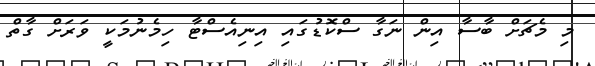
މި މެޗަށް ބާސާ އިން ނަގާ ސްކޮޑުގައި އިނިއެސްޓާ ހިމެނުމަކީ ވަރަށް ގާތް